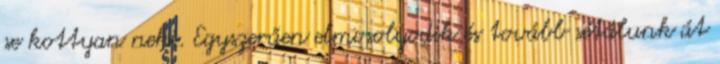
se kottyan neki. Egyszerűen elmosolyodik és tovább sétálunk át